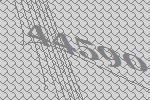
44590